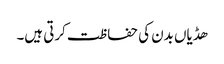
ھڈیاں بدن کی حفاظت کرتی ہیں۔